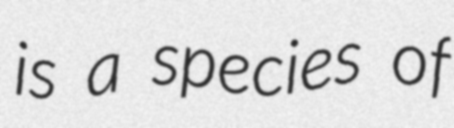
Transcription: is a species of